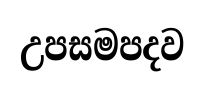
උපසමපදව